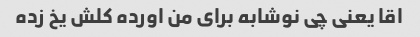
اقا یعنی چی نوشابه برای من اورده کلش یخ زده